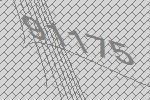
91175